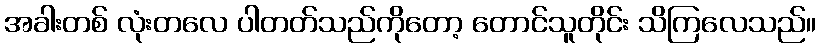
အခါးတစ် လုံးတလေ ပါတတ်သည်ကိုတော့ တောင်သူတိုင်း သိကြလေသည်။